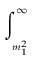
\int _ { _ { _ { _ { m _ { 1 } ^ { 2 } } } } } ^ { \infty } \protect